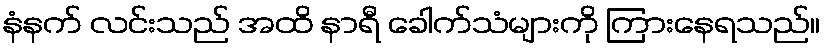
နံနက် လင်းသည် အထိ နာရီ ခေါက်သံများကို ကြားနေရသည်။